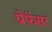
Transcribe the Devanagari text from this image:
प्रोफ़ॅसर